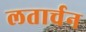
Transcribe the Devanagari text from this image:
लतार्चन